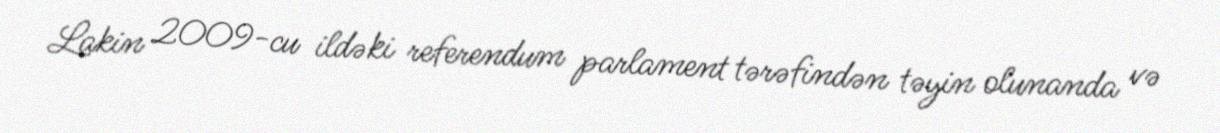
Lakin 2009-cu ildəki referendum parlament tərəfindən təyin olunanda və